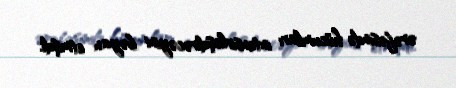
ərəfəsində hücumları intensivləşdirəcəyini bəyan etmişdi.